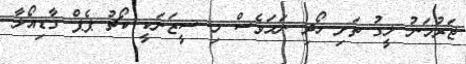
ޖަރުމަނު ލީގު ތަށި ހޯދި ނަމަވެސް މި ސީޒަނަކީ ކޯޗު ޕެޕް ގާޑިއޯލާ